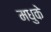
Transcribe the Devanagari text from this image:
मधुके